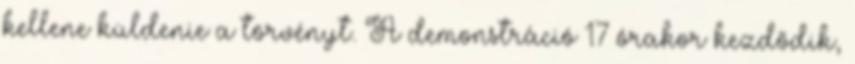
kellene küldenie a törvényt. A demonstráció 17 órakor kezdődik,